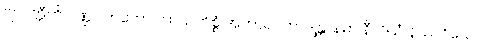
ဗျာပတ္တီတိ ပိဏ္ဍပါတတော ကာယကိစ္စံ အကာရပိတာဒျန္တာနမာ နီလိယံ နိဿဂ္ဂိယေ